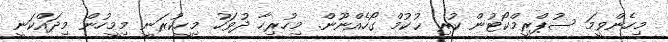
މިހެންވީމަ ސުޕްރީމްކޯޓުން ކުރި ޙުކުމް ގޯހެއްނޫން. މިހުރިހާ ދުވަހު މިހީކުރަނީ މިމީހުން މިދައްކަނީ